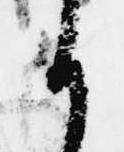
か